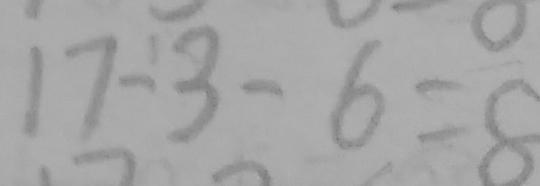
1 7 - 3 - 6 = 8